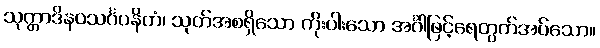
သုတ္တာဒိနဝသင်္ဂပနိတံ၊ သုတ်အစရှိသော ကိုးပါးသော အင်္ဂါဖြင့်ရေတွက်အပ်သော။